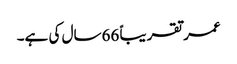
عمر تقریباً 66سال کی ہے۔